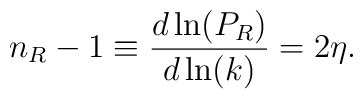
n_R-1\equiv \frac{d\ln(P_R)}{d\ln(k)}=2\eta.